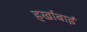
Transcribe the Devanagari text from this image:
हर्खाबाई